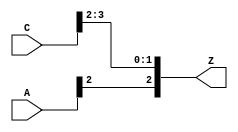
module Partselect(A,C,Z);
  input [3:0] A,C;
  output [3:0] Z;
  
  assign Z[2:0] ={A[2],C[3:2]};
endmodule